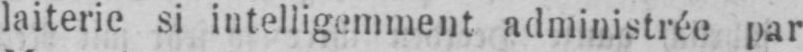
laiterie si intelligemment administrée par